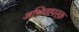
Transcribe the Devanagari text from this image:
अभिधापरक